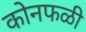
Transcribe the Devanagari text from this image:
कोनफळी